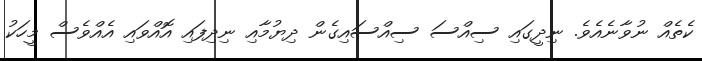
ކެތެއް ނުވާނެއެވެ. ނިދީގައި ސިއްސަ ސިއްސައިގެން ދިޔުމާއި ނިދިފައި އޮއްވައި އެއްވެސް މީހަކު